Vaccination in Burma 1912-1922 - 1912-1922
Year: 1912
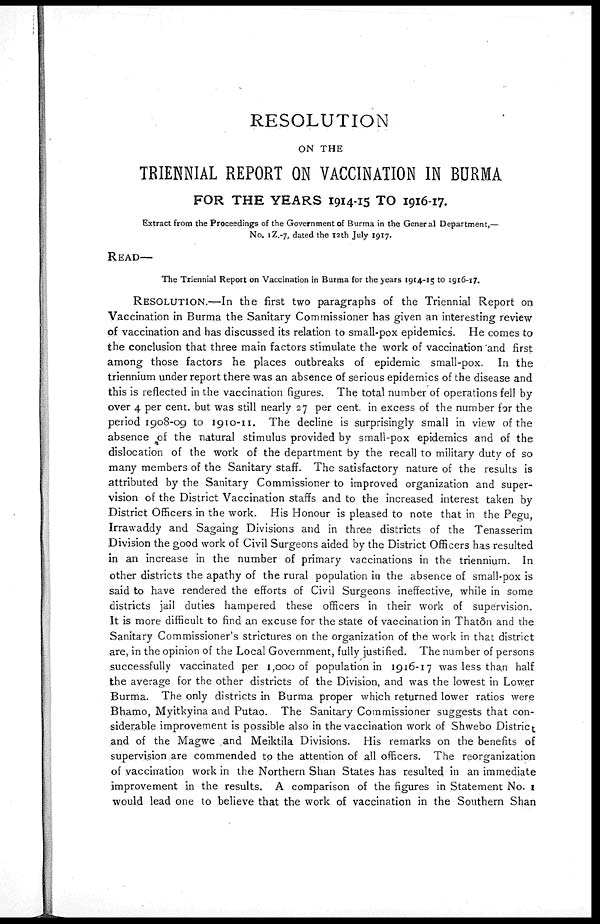
RESOLUTION
ON THE
TRIENNIAL REPORT ON VACCINATION IN BURMA
FOR THE YEARS 1914-15 TO 1916-17.
Extract from the Proceedings of the Government of Burma in the General Department,—
No. IZ.-7, dated the 12th July 1917.
READ—
The Triennial Report on Vaccination in Burma for the years 1914-15 to 1916-17.
RESOLUTION.—In the first two paragraphs of the Triennial Report on
Vaccination in Burma the Sanitary Commissioner has given an interesting review
of vaccination and has discussed its relation to small-pox epidemics. He comes to
the conclusion that three main factors stimulate the work of vaccination and first
among those factors he places outbreaks of epidemic small-pox. In the
triennium under report there was an absence of serious epidemics of the disease and
this is reflected in the vaccination figures. The total number of operations fell by
over 4 per cent. but was still nearly 27 per cent. in excess of the number for the
period 1908-09 to 1910-11. The decline is surprisingly small in view of the
absence of the natural stimulus provided by small-pox epidemics and of the
dislocation of the work of the department by the recall to military duty of so
many members of the Sanitary staff. The satisfactory nature of the results is
attributed by the Sanitary Commissioner to improved organization and super-
vision of the District Vaccination staffs and to the increased interest taken by
District Officers in the work. His Honour is pleased to note that in the Pegu,
Irrawaddy and Sagaing Divisions and in three districts of the Tenasserim
Division the good work of Civil Surgeons aided by the District Officers has resulted
in an increase in the number of primary vaccinations in the triennium. In
other districts the apathy of the rural population in the absence of small-pox is
said to have rendered the efforts of Civil Surgeons ineffective, while in some
districts jail duties hampered these officers in their work of supervision.
It is more difficult to find an excuse for the state of vaccination in Thatôn and the
Sanitary Commissioner's strictures on the organization of the work in that district
are, in the opinion of the Local Government, fully justified. The number of persons
successfully vaccinated per 1,000 of population in 1916-17 was less than half
the average for the other districts of the Division, and was the lowest in Lower
Burma. The only districts in Burma proper which returned lower ratios were
Bhamo, Myitkyina and Putao. The Sanitary Commissioner suggests that con-
siderable improvement is possible also in the vaccination work of Shwebo District
,and of the Magwe and Meiktila Divisions. His remarks on the benefits of
supervision are commended to the attention of all officers. The reorganization
of vaccination work in the Northern Shan States has resulted in an immediate
improvement in the results. A comparison of the figures in Statement No. I
would lead one to believe that the work of vaccination in the Southern Shan